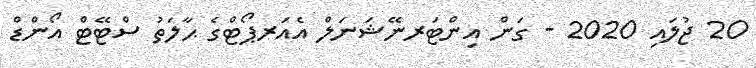
20 ޖުލައި 2020 - ގަން އިންޓަރނޭޝަނަލް އެއަރޕޯޓްގެ ޙާލަތު ސްޓޭޓް އޯންޑް